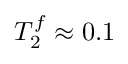
T _ { 2 } ^ { f } \approx 0 . 1